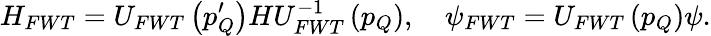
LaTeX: H_{FWT}=U_{FWT}\left(p_{Q}^{\prime}\right)HU_{FWT}^{-1}\left(p_{Q}\right),\quad\psi_{FWT}=U_{FWT}\left(p_{Q}\right)\psi.